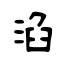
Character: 淊